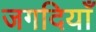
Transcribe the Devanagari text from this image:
जगदियाँ